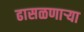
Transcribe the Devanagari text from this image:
ढासळणार्‍या